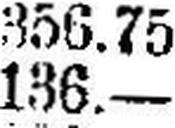
136.—